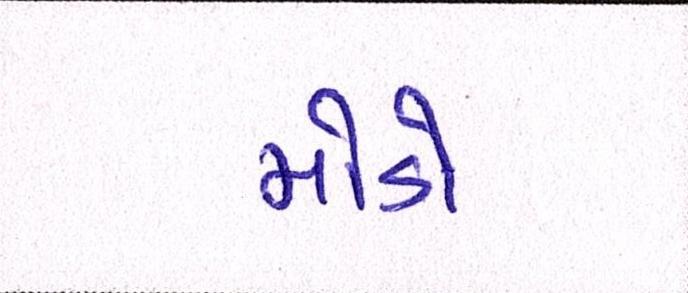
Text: મોડો